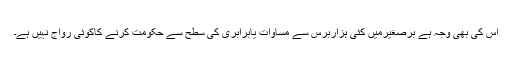
اس کی بھی وجہ ہے برصغیرمیں کئی ہزاربرس سے مساوات یابرابری کی سطح سے حکومت کرنے کاکوئی رواج نہیں ہے۔